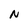
Character: N